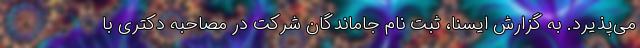
می‌پذیرد. به گزارش ایسنا، ثبت نام جاماندگان شرکت در مصاحبه دکتری با